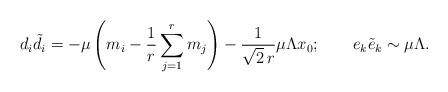
LaTeX: \begin{align*}d_i {\tilde d_i} = -\mu \left( m_i - \frac{1}{r}\sum_{j=1}^r m_j\right) - \frac{1}{\sqrt{2}\, r}\mu \Lambda x_{0}; \qquad e_k {\tilde e}_k \sim \mu \Lambda.\end{align*}